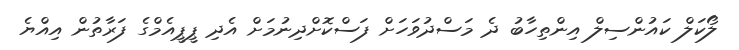
ލޯކަލް ކައުންސިލް އިންތިހާބު ދެ މަސްދުވަހަށް ފަސްކޮށްދިނުމަށް އެދި ޕީޕީއެމްގެ ފަރާތުން އިއްޔެ